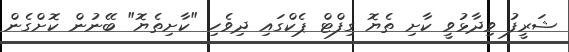
ޝަރީފު ވިދާޅުވީ ކާށި ތެޔޮ ގިފްޓް ޕެކްގައި ދިވެހި "ކާށިތެޔޮ" ބޭނުން ކޮށްގެން